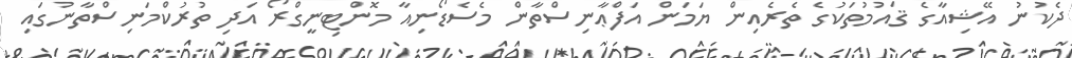
ދެކުނު އޭޝިއާގެ ޤައުމުތަކުގެ ތެރެއިން ޔަމަން އަފްޢާނިސްތާން މެސެޑޯނިއާ މޮންޓިނީގްރޯ އަދި ތުރުކްމަނިސްތާނުގައި